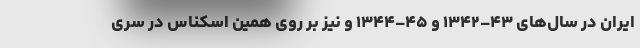
ایران در سال‌های ۴۳–۱۳۴۲ و ۴۵–۱۳۴۴ و نیز بر روی همین اسکناس در سری